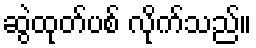
ဆွဲထုတ်ပစ် လိုက်သည်။